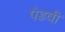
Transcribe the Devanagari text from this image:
पेडवी